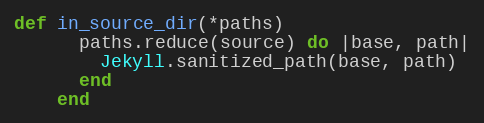
Language: Ruby
def in_source_dir(*paths)
      paths.reduce(source) do |base, path|
        Jekyll.sanitized_path(base, path)
      end
    end